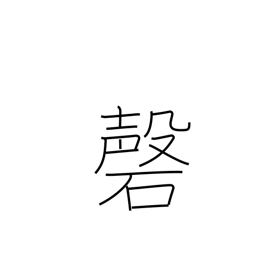
Meaning: upside-V-shaped gong